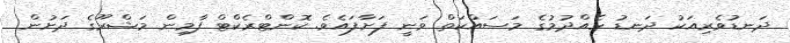
ދަނޑުވެރިއަކު ދަނޑު ހެއްދުމުގެ މަސައްކަތް ވަނީ ފަށާފައެވެ. ކޮންޓްރެކްޓް ފާމިން މަޝްރޫގެ ދަށުން